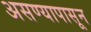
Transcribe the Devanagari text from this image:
असण्यापासून